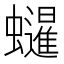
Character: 𧔷